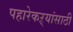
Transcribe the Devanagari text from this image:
पहारेकऱ्यांसाठी